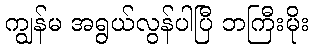
ကျွန်မ အရွယ်လွန်ပါပြီ ဘကြီးမိုး